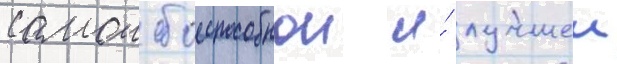
самои боеспособнои и́ лучшеи